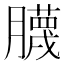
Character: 𱼢